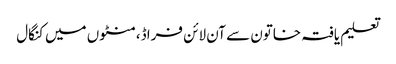
تعلیم یافتہ خاتون سے آن لائن فراڈ، منٹوں میں کنگال